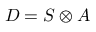
{ \cal D } = { \cal S } \otimes { \cal A }